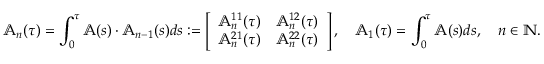
\mathbb { A } _ { n } ( \tau ) = \int _ { 0 } ^ { \tau } \mathbb { A } ( s ) \cdot \mathbb { A } _ { n - 1 } ( s ) d s : = \left[ \begin{array} { c c } { \mathbb { A } _ { n } ^ { 1 1 } ( \tau ) } & { \mathbb { A } _ { n } ^ { 1 2 } ( \tau ) } \\ { \mathbb { A } _ { n } ^ { 2 1 } ( \tau ) } & { \mathbb { A } _ { n } ^ { 2 2 } ( \tau ) } \end{array} \right] , \quad \mathbb { A } _ { 1 } ( \tau ) = \int _ { 0 } ^ { \tau } \mathbb { A } ( s ) d s , \quad n \in \mathbb { N } .